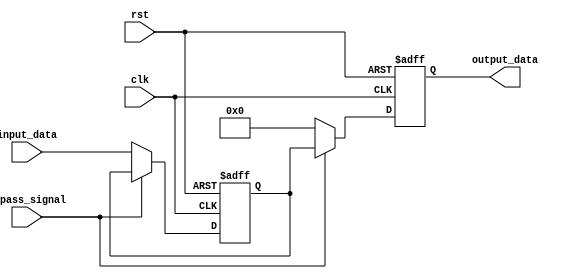
module Simple_Bypass_Register(
  input wire clk,
  input wire rst,
  input wire bypass_signal,
  input wire [7:0] input_data,
  output reg [7:0] output_data
);

reg [7:0] register_data;

always @(posedge clk or posedge rst) begin
  if (rst) begin
    register_data <= 8'b0;
    output_data <= 8'b0;
  end else if (bypass_signal) begin
    output_data <= register_data;
  end else begin
    register_data <= input_data;
    output_data <= 8'b0;
  end
end

endmodule